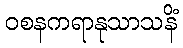
ဝစနကရာနုသာသနိံ